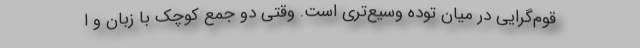
قوم‌گرایی در میان توده وسیع‌تری است. وقتی دو جمع کوچک با زبان و ا